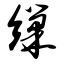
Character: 缫